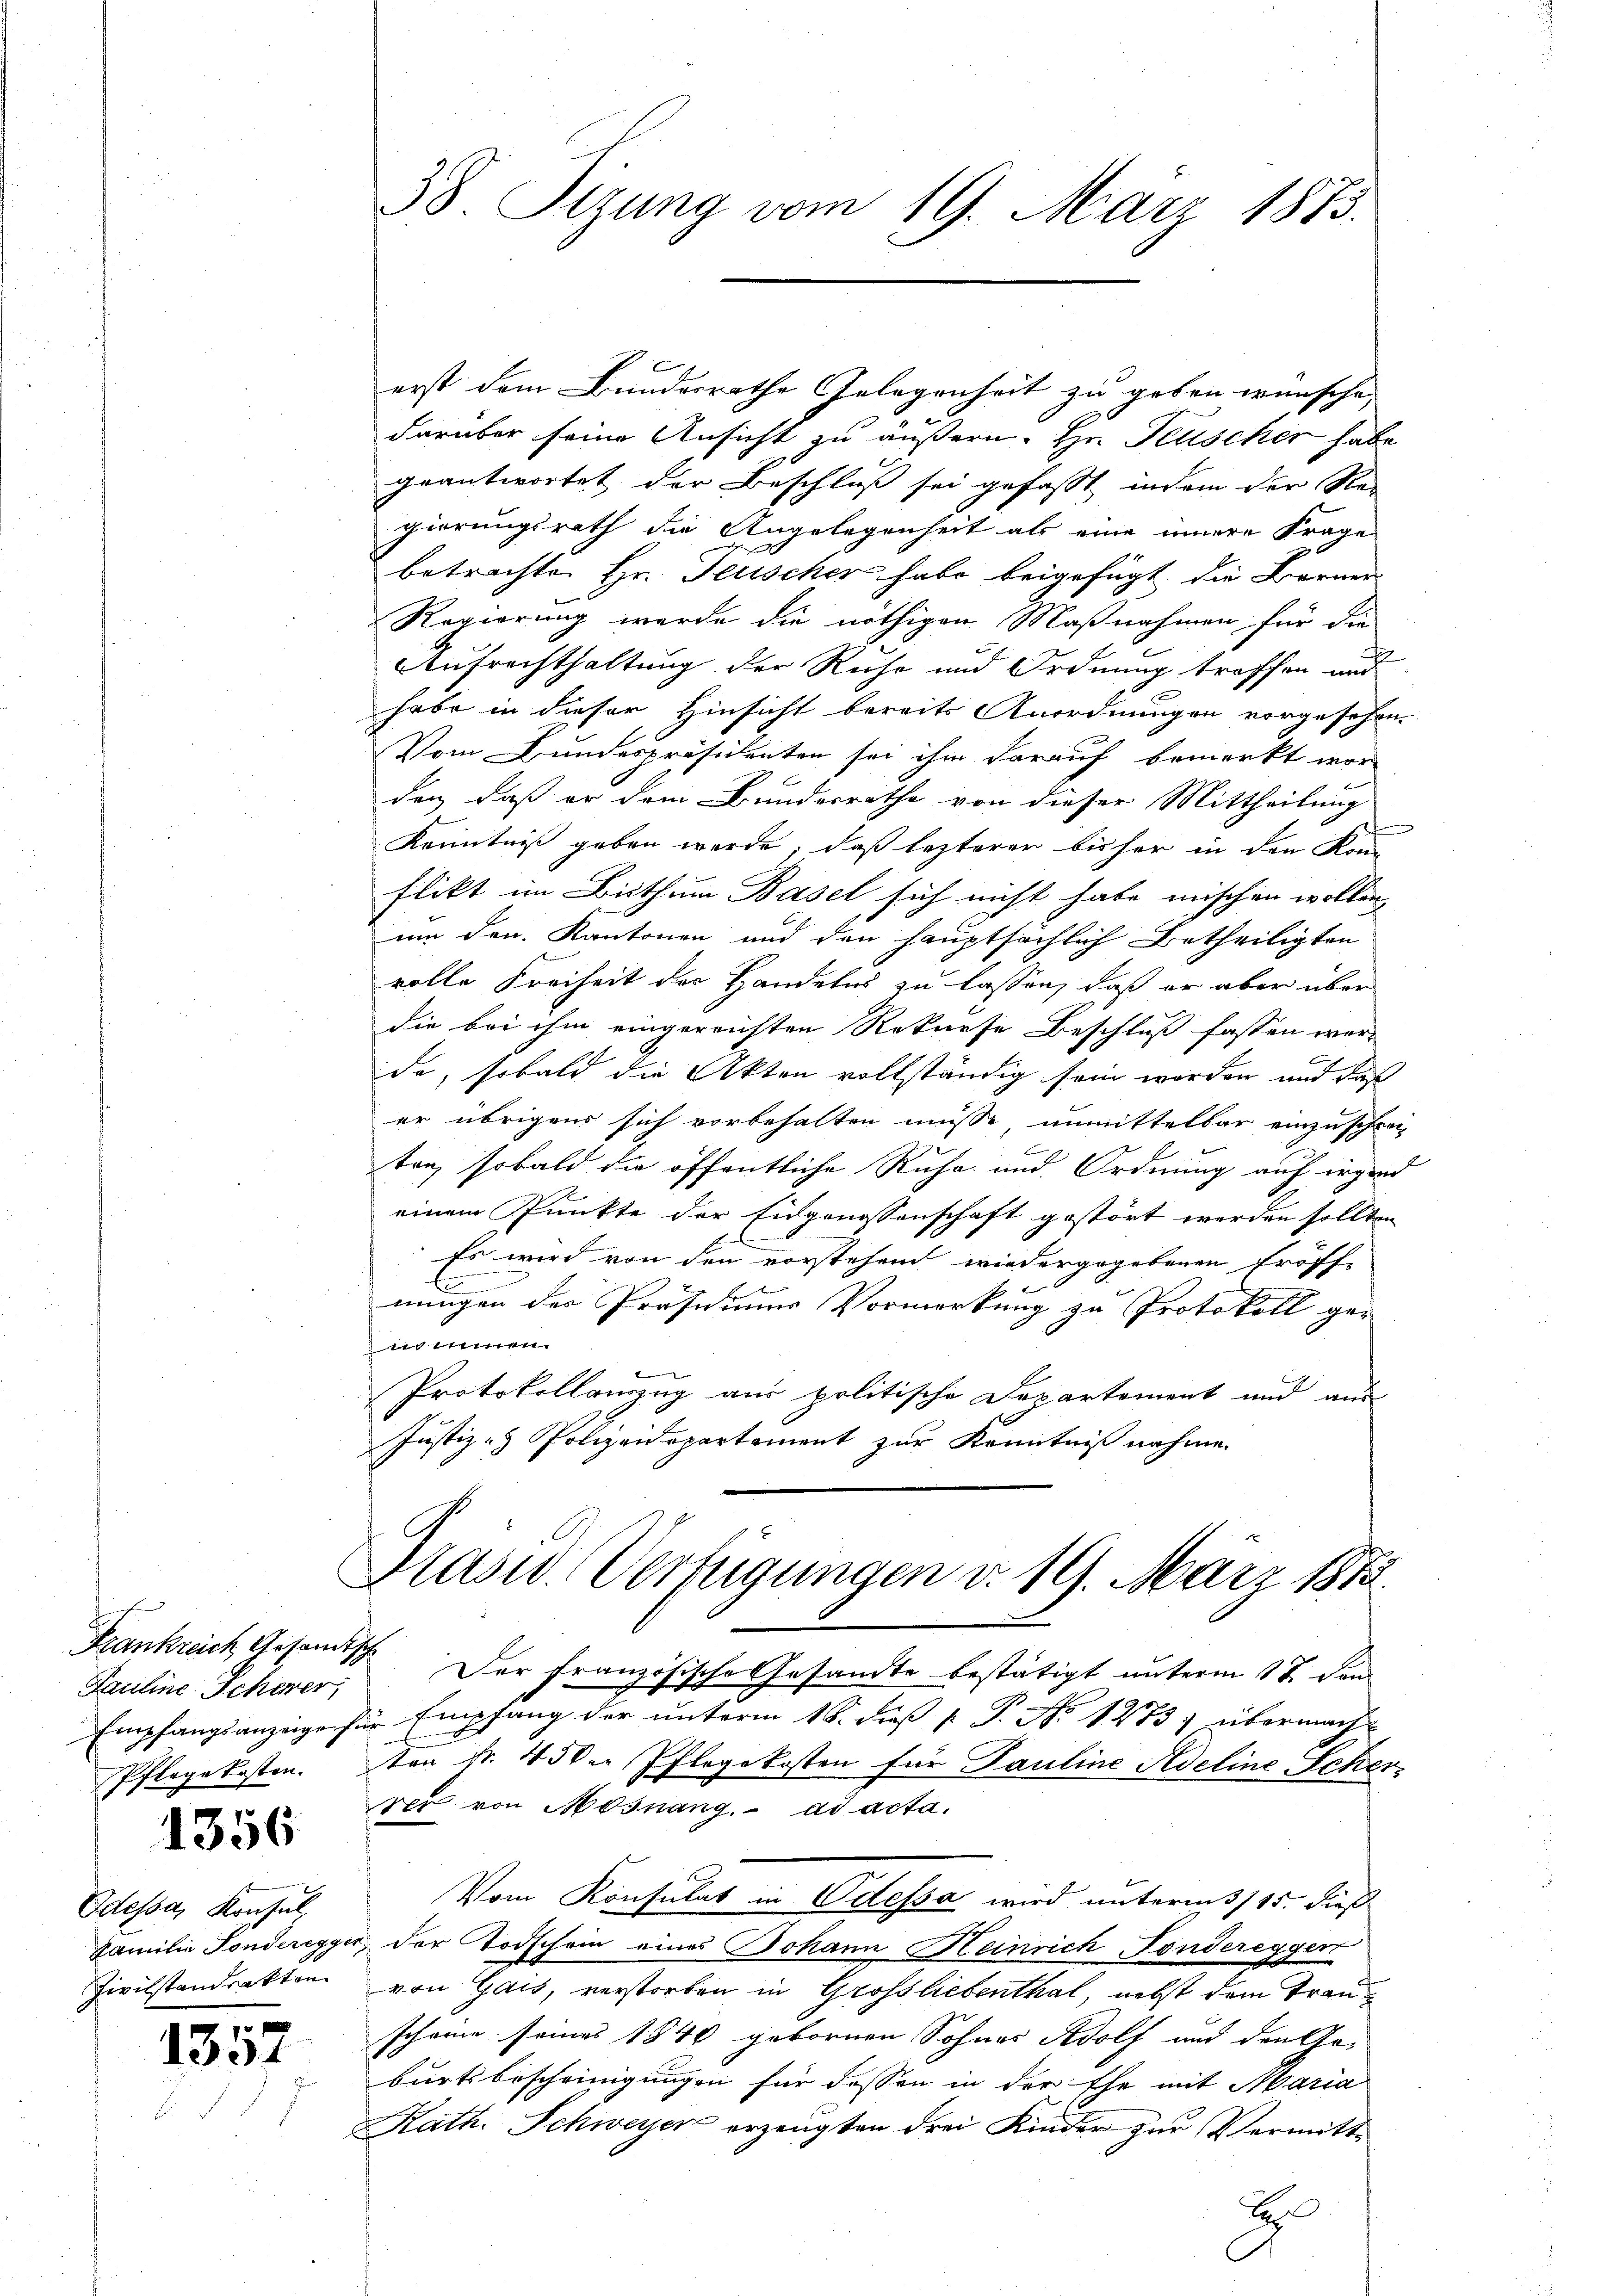
Frankreich Gesandtsch
Pauline Scheer,
.

1356

Odessa, Konsul,
Familie Fonderegger,
Zivilstandsakten

1352

38 Sizung vom 19. März 1873.

erst dem Bundesrathe Gelegenheit zu geben wünsche,
darüber seine Ansicht zu äußern. Hr. Feuscher habe
geantwortet der Beschluß sei gefasst, indem der Re
gierungsrath die Angelegenheit als eine innere Frage
betrachte Hr. Feuscher habe beigefügt die Berner
Regierung wurde die nöthigen Maßnahmen für die
Aufrechthaltung der Ruhe und Ordnung treffen und
habe in dieser Hinsicht bereits Anordnungen vorgesehen.
Vom Bundespräsidenten sei ihm darauf bemerkt wor-
den, daß er dem Bundesrathe von dieser Mittheilung
Kenntniß geben werde, daß lezterer bisher in den Kon-
flikt im Bisthum Basel sich nicht habe mischen wollen,
um den Kantonen und den hauptsächlich Betheiligten
volle Freiheit der Handelns zu lassen, daß er aber über
die bei ihm eingereichten Rekurse Beschluß fassen werde, sobald die Akten vollständig sein worden und daß
er übrigens sich vorbehalten müsse, unmittelbar einzuschrei-
ten, sobald die öffentliche Ruhe und Ordnung auf irgend
einem Punkte der Eidgenossenschaft gestört werden sollten
Es wird von den vorstehend wiedergegebenen Eröff-
C
nungen des Professions Vormerkung zu Protokoll geen
e
Protokollanzug aus politische Departement und aus
Justiz- & Polizeidepartement zur Kenntniß nahme.

Präsid.. Verfügungen d. 19. März 1873.

Vom Konsulat in Odessa wird unterm 315. dieß

Der Französische Gesandte bestätigt unterm 17. den
Empfangsanzeige für Empfang der unterm 16. dieß P. P. No 1273) übermach
Pflegekosten. Von Fr. 45 der Pflegekosten für Pauline Adeline Scherver von Mosnang. ad acta.
der Todschein eines Johann Heinrich Fondereggen
von Gais, verstorben in Grossliebenthal, nebst dem Trauscheine seines 1840 gebornen Sohnes Adolf und den Ge-
burtsbescheinigungen für dassen in der Ehe mit Maria
Kath. Schweyer erzeugten drei Kinder zur Vermitt¬
Es